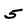
Character: 5